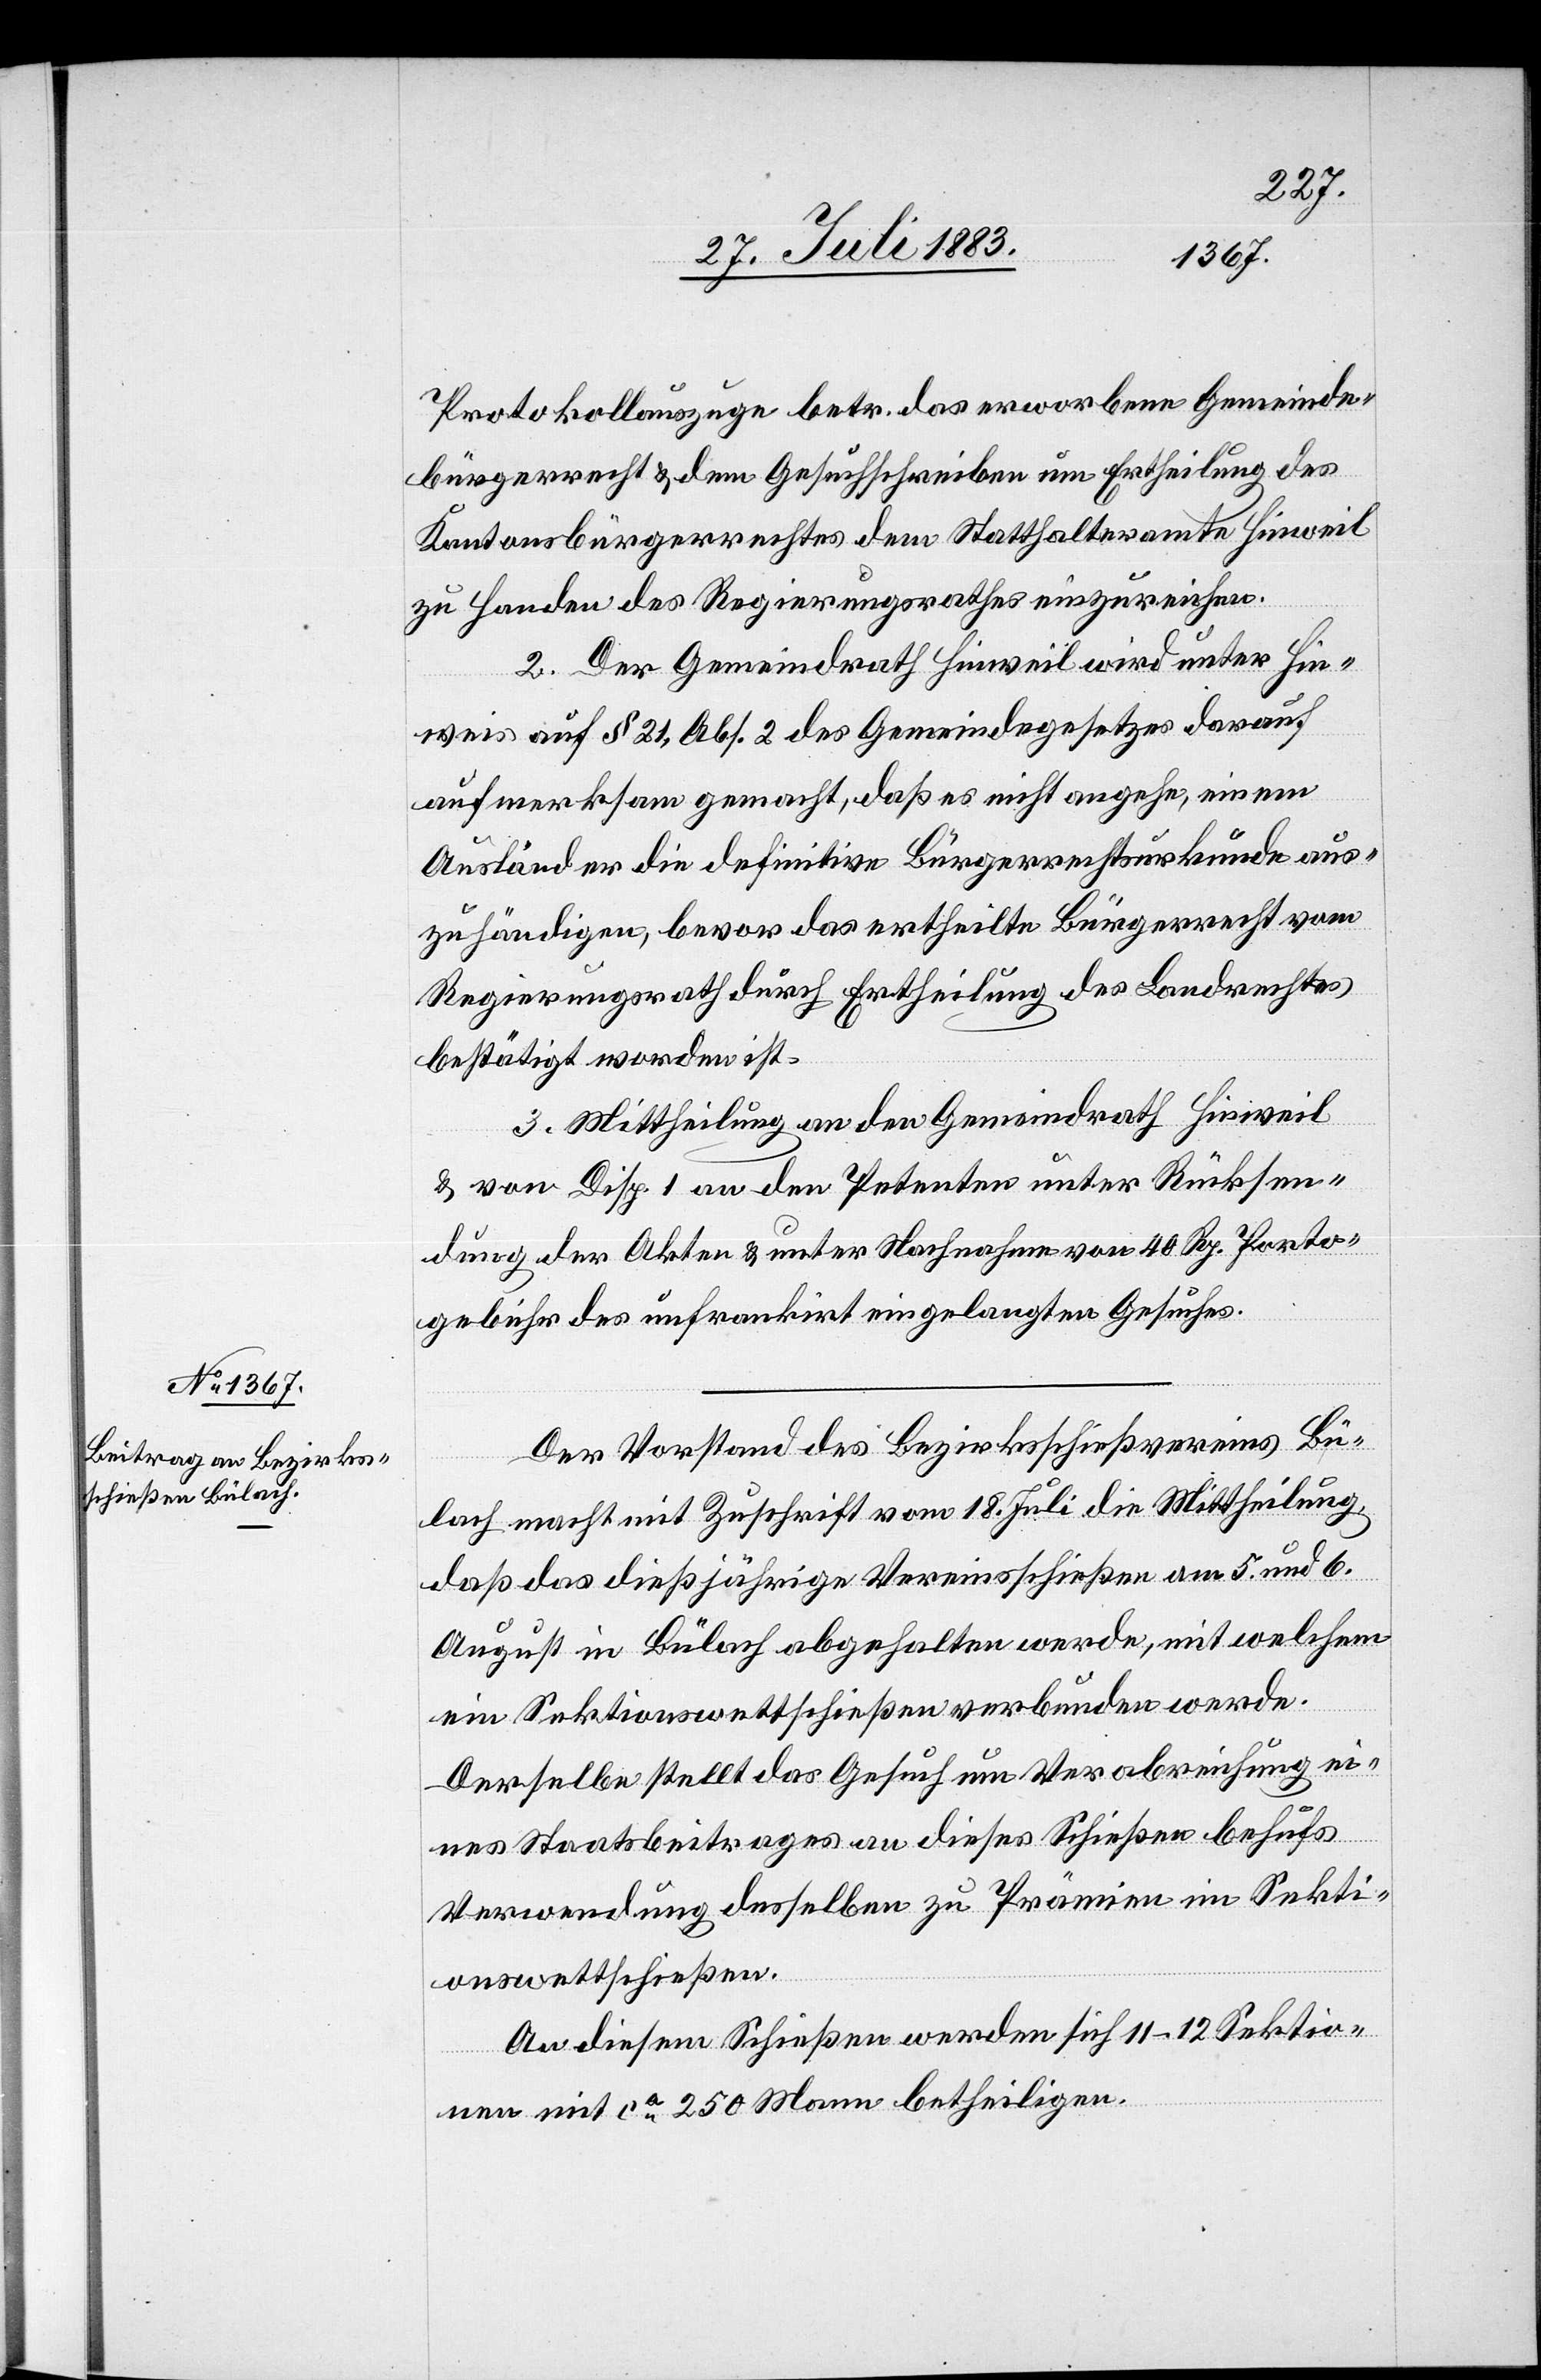
Protokollauszuge betr. das erworbene Gemeinde¬
bürgerrecht & dem Gesuchschreiben um Ertheilung des
Kantonsbürgerrechtes dem Statthalteramte Hinweil
zu Handen des Regierungsrathes einzureichen.
2. Der Gemeindrath Hinweil wird unter Hin¬
weis auf § 21, Abs. 2 des Gemeindegesetzes darauf
aufmerksam gemacht, daß es nicht angehe, einem
Ausländer die definitive Bürgerrechtsurkunde aus¬
zuhändigen, bevor das ertheilte Bürgerrecht vom
Regierungsrath durch Ertheilung des Landrechtes
bestätigt worden ist.
3. Mittheilung an den Gemeindrath Hinweil
& von Disp. 1 an den Petenten unter Rücksen¬
dung der Akten & unter Nachnahme von 40 Rp. Porto¬
gebühr des unfrankirt eingelangten Gesuches.
Der Vorstand der Bezirksschießvereins Bü¬
lach macht mit Zuschrift vom 18. Juli die Mittheilung,
daß das dießjährige Vereinsschießen am 5. und 6.
August in Bülach abgehalten werde. Derselbe
eines Staatsbeitrages an dieses Schießen behufs
Verwendung desselben zu Prämien im Sekti¬
onswettschießen.
An diesem Schießen werden sich 11–12 Sektio¬
nen mit ca 250 Mann betheiligen.